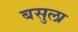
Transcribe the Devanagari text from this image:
बसुला